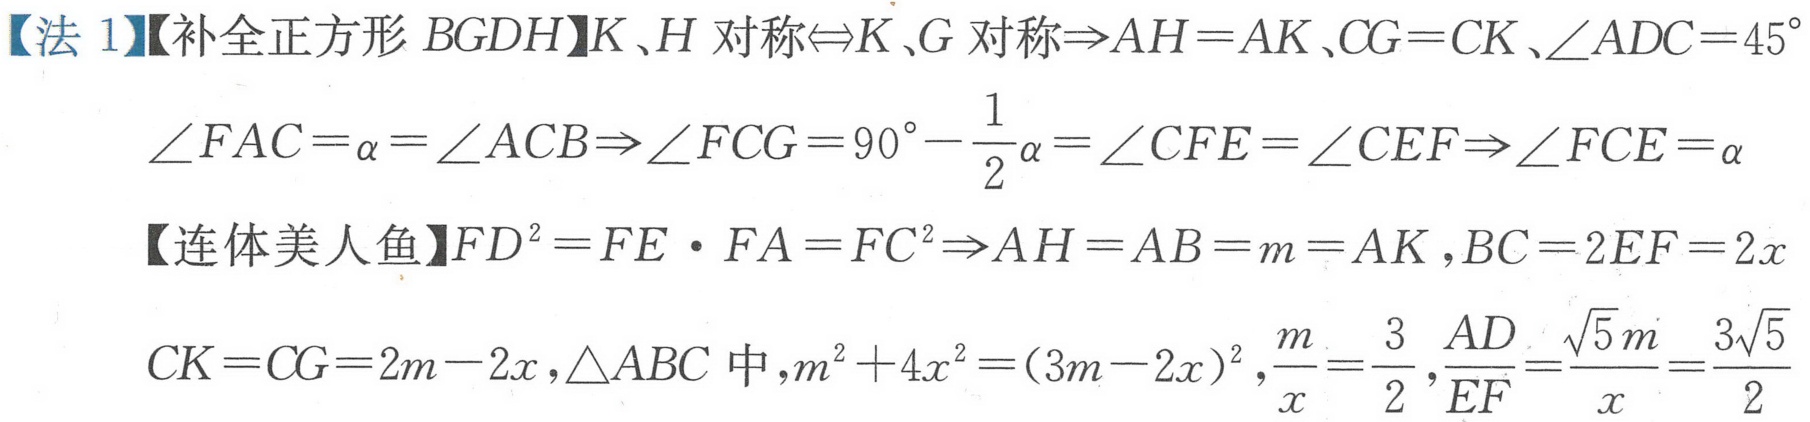
【法1】【补全正方形\(BGDH\)】\(K\)、\(H\)对称\(\Leftrightarrow K\)、\(G\)对称\(\Rightarrow AH = AK\),\(CG = CK\),\(\angle ADC = 45^{\circ}\)
\(\angle FAC=\alpha=\angle ACB\Rightarrow\angle FCG = 90^{\circ}-\frac{1}{2}\alpha=\angle CFE=\angle CEF\Rightarrow\angle FCE=\alpha\)
【连体美人鱼】\(FD^{2}=FE\cdot FA = FC^{2}\Rightarrow AH = AB = m = AK\),\(BC = 2EF = 2x\)
\(CK = CG = 2m - 2x\),\(\triangle ABC\)中,\(m^{2}+4x^{2}=(3m - 2x)^{2}\),\(\frac{m}{x}=\frac{3}{2}\),\(\frac{AD}{EF}=\frac{\sqrt{5}m}{x}=\frac{3\sqrt{5}}{2}\)